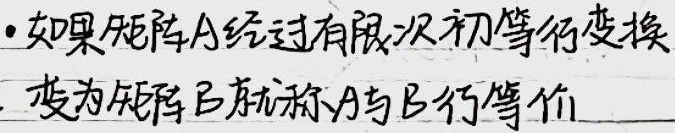
- 如果矩阵\(A\)经过有限次初等行变换变为矩阵\(B\)，就称\(A\)与\(B\)行等价。